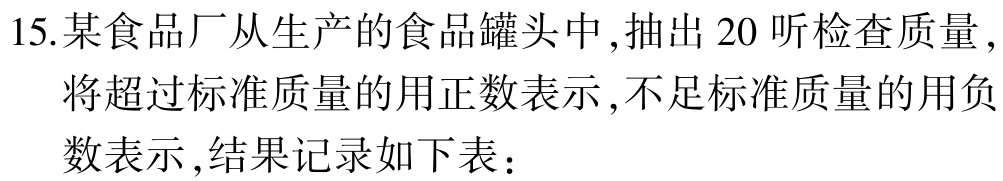
15.某食品厂从生产的食品罐头中,抽出 20 听检查质量 ,将超过标准质量的用正数表示 ,不足标准质量的用负数表示 ,结果记录如下表：